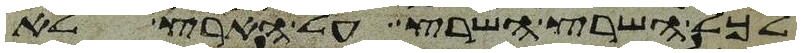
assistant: לכל השרץ השרץ על הארץ לא